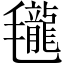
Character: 𣰵